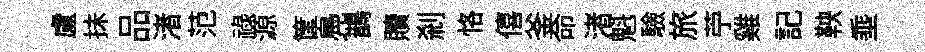
盧抺品渚范祿源筐鳧鵲贖剎恪僖釜命渚魁驗旅苧雞記鞅埀